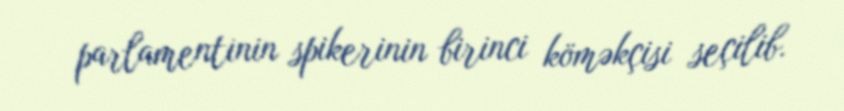
parlamentinin spikerinin birinci köməkçisi seçilib.